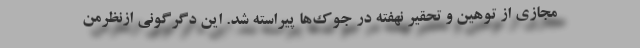
مجازی از توهین و تحقیر نهفته در جوک‌ها پیراسته شد. این دگرگونی ازنظرمن